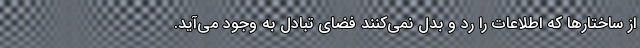
از ساختارها که اطلاعات را رد و بدل نمی‌کنند فضای تبادل به وجود می‌آید.